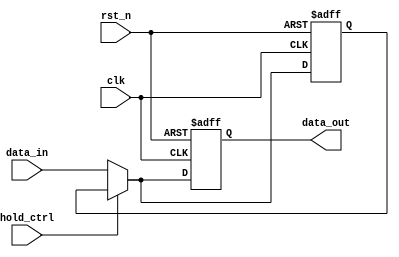
module HoldCondition (
    input wire clk,              // Clock signal
    input wire rst_n,            // Active-low reset signal
    input wire hold_ctrl,        // Control signal to hold the current state
    input wire [7:0] data_in,    // Data input (8 bits for example)
    output reg [7:0] data_out     // Current state output (8 bits)
);

// Internal state variable to hold the current output value
reg [7:0] current_state;

// Sequential logic for state management
always @(posedge clk or negedge rst_n) begin
    if (!rst_n) begin
        // Reset condition: set output to known state (e.g., 0)
        data_out <= 8'b0;
        current_state <= 8'b0;
    end else if (hold_ctrl) begin
        // Hold condition: maintain the current state
        data_out <= current_state;
    end else begin
        // Update output with new data input
        current_state <= data_in;
        data_out <= data_in;
    end
end

endmodule